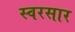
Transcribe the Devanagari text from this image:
स्वरसार